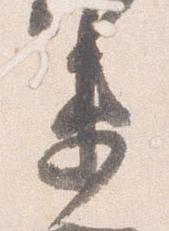
衛